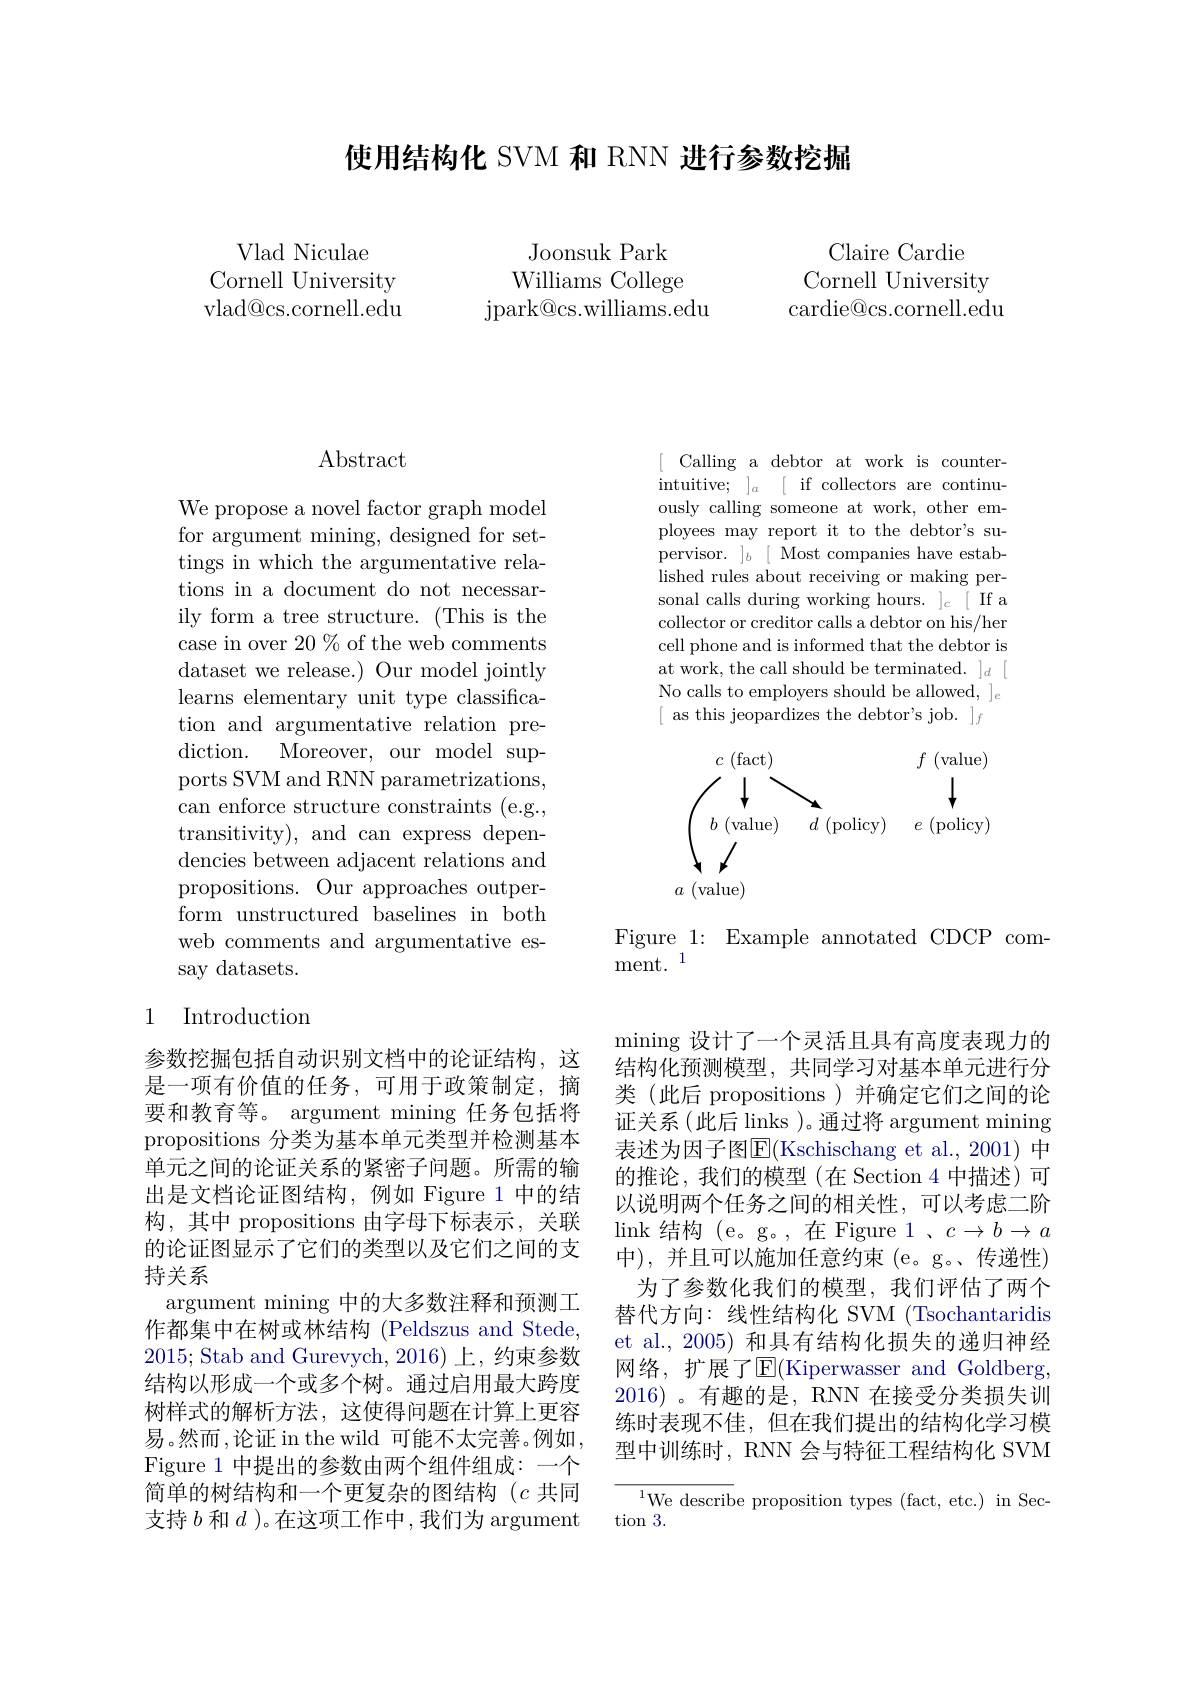
使用结构化 SVM 和 RNN 进行参数挖掘

Vlad Niculae
Cornell University vlad@cs.cornell.edu

Claire Cardie
Cornell University cardie@cs.cornell.edu

Joonsuk Park Williams College
jpark@ cs. williams. edu

## Abstract

We propose a novel factor graph model for argument mining, designed for settings in which the argumentative relations in a document do not necessarily form a tree structure. (This is the case in over 20 $\%$ of the web comments dataset we release.) Our model jointly learns elementary unit type classification and argumentative relation prediction. Moreover, our model supports SVM and RNN parametrizations, can enforce structure constraints (e.g., transitivity), and can express dependencies between adjacent relations and propositions. Our approaches outperform unstructured baselines in both web comments and argumentative essay datasets.

### 1 Introduction

参数挖掘包括自动识别文档中的论证结构，这是一项有价值的任务，可用于政策制定，摘要和教育等。argument mining 任务包括将propositions 分类为基本单元类型并检测基本单元之间的论证关系的紧密子问题。所需的输出是文档论证图结构，例如 Figure 1 中的结构，其中 propositions 由字母下标表示，关联的论证图显示了它们的类型以及它们之间的支持关系
argument mining 中的大多数注释和预测工作都集中在树或林结构 (Peldszus and Stede, 2015; Stab and Gurevych, 2016) 上，约束参数结构以形成一个或多个树。通过启用最大跨度树样式的解析方法，这使得问题在计算上更容易。然而 ,论证 in the wild 可能不太完善。例如， Figure 1 中提出的参数由两个组件组成：一个简单的树结构和一个更复杂的图结构$(c$共同支持$b$和$d$ )。在这项工作中，我们为 argument

[ Calling a debtor at work is counterintuitive; $] _a$ [ if collectors are continuously calling someone at work, other employees may report it to the debtor's supervisor. $] _b$ [ Most companies have established rules about receiving or making per- sonal calls during working hours. $] _c$ [If a collector or creditor calls a debtor on his/her cell phone and is informed that the debtor is No calls to employers should be allowed, $]_e$ [ as this jeopardizes the debtor' s job. $] _f$
$$\begin{array}{ccc}c\text{(fact)}&&f\text{(value)}\\\downarrow&&\downarrow\\b\text{(value)}&d\text{(policy)}&e\text{(policy)}\end{array}$$
Figure 1: Example annotated CDCP com-
$\mathrm{ment.}^{1}$

mining 设计了一个灵活且具有高度表现力的结构化预测模型，共同学习对基本单元进行分类(此后 propositions)并确定它们之间的论证关系 (此后 links )。通过将 argument mining 表述为因子图E(Kschischang et al., 2001) 中的推论，我们的模型(在 Section 4 中描述)可以说明两个任务之间的相关性，可以考虑二阶link 结构 (e。g。,在 Figure 1、$c\to b\to a$ 中),并且可以施加任意约束(e。g。传递性)
为了参数化我们的模型，我们评估了两个替代方向：线性结构化 SVM (Tsochantaridis et al., 2005) 和具有结构化损失的递归神经网络，扩展了$\operatorname{E}($Kiperwasser and Goldberg, 2016)。有趣的是，RNN 在接受分类损失训练时表现不佳，但在我们提出的结构化学习模型中训练时，RNN 会与特征工程结构化 SVM

${\overline{{\mathrm{We~describ}}}}$e proposition types (fact, etc.)in Sec-
$\tan3.$